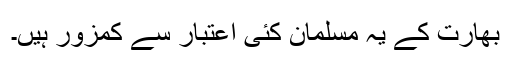
بھارت کے یہ مسلمان کئی اعتبار سے کمزور ہیں۔